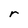
Character: r